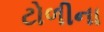
ટોળીના